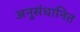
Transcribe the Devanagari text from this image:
अनुसंधानित